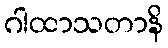
ဂါထာသတာနိ